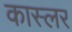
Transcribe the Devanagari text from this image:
कास्लर